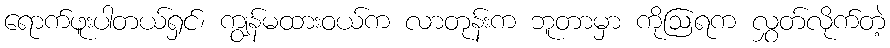
ရောက်ဖူးပါတယ်ရှင်၊ ကျွန်မထားဝယ်က လာတုန်းက ဘူတာမှာ ကိုဩရက လွှတ်လိုက်တဲ့